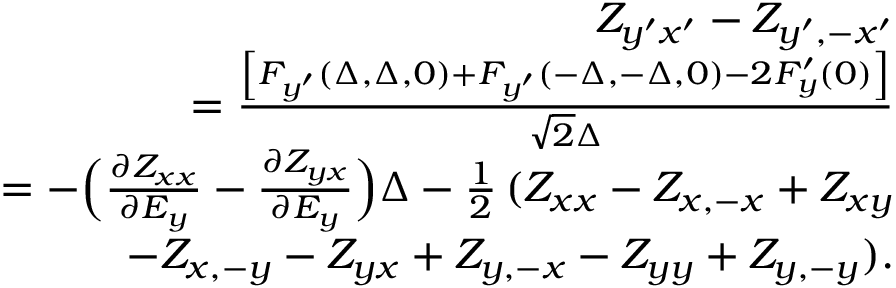
\begin{array} { r l r } & { } & { Z _ { y ^ { \prime } x ^ { \prime } } - Z _ { y ^ { \prime } , - x ^ { \prime } } } \\ & { } & { \qquad = \frac { \left[ F _ { y ^ { \prime } } ( \Delta , \Delta , 0 ) + F _ { y ^ { \prime } } ( - \Delta , - \Delta , 0 ) - 2 F _ { y } ^ { \prime } ( 0 ) \right] } { \sqrt { 2 } \Delta } } \\ & { } & { = - \Bigl ( \frac { \partial Z _ { x x } } { \partial E _ { y } } - \frac { \partial Z _ { y x } } { \partial E _ { y } } \Bigr ) \Delta - \frac { 1 } { 2 } \, ( Z _ { x x } - Z _ { x , - x } + Z _ { x y } } \\ & { } & { \qquad - Z _ { x , - y } - Z _ { y x } + Z _ { y , - x } - Z _ { y y } + Z _ { y , - y } ) . } \end{array}